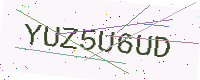
Text: YUZ5U6UD